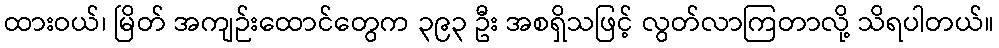
ထားဝယ်၊ မြိတ် အကျဉ်းထောင်တွေက ၃၉၃ ဦး အစရှိသဖြင့် လွတ်လာကြတာလို့ သိရပါတယ်။